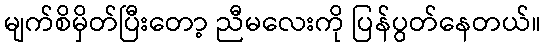
မျက်စိမှိတ်ပြီးတော့ ညီမလေးကို ပြန်ပွတ်နေတယ်။